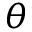
{ \theta }